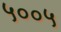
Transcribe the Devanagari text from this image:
५००५